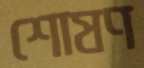
শোষণ